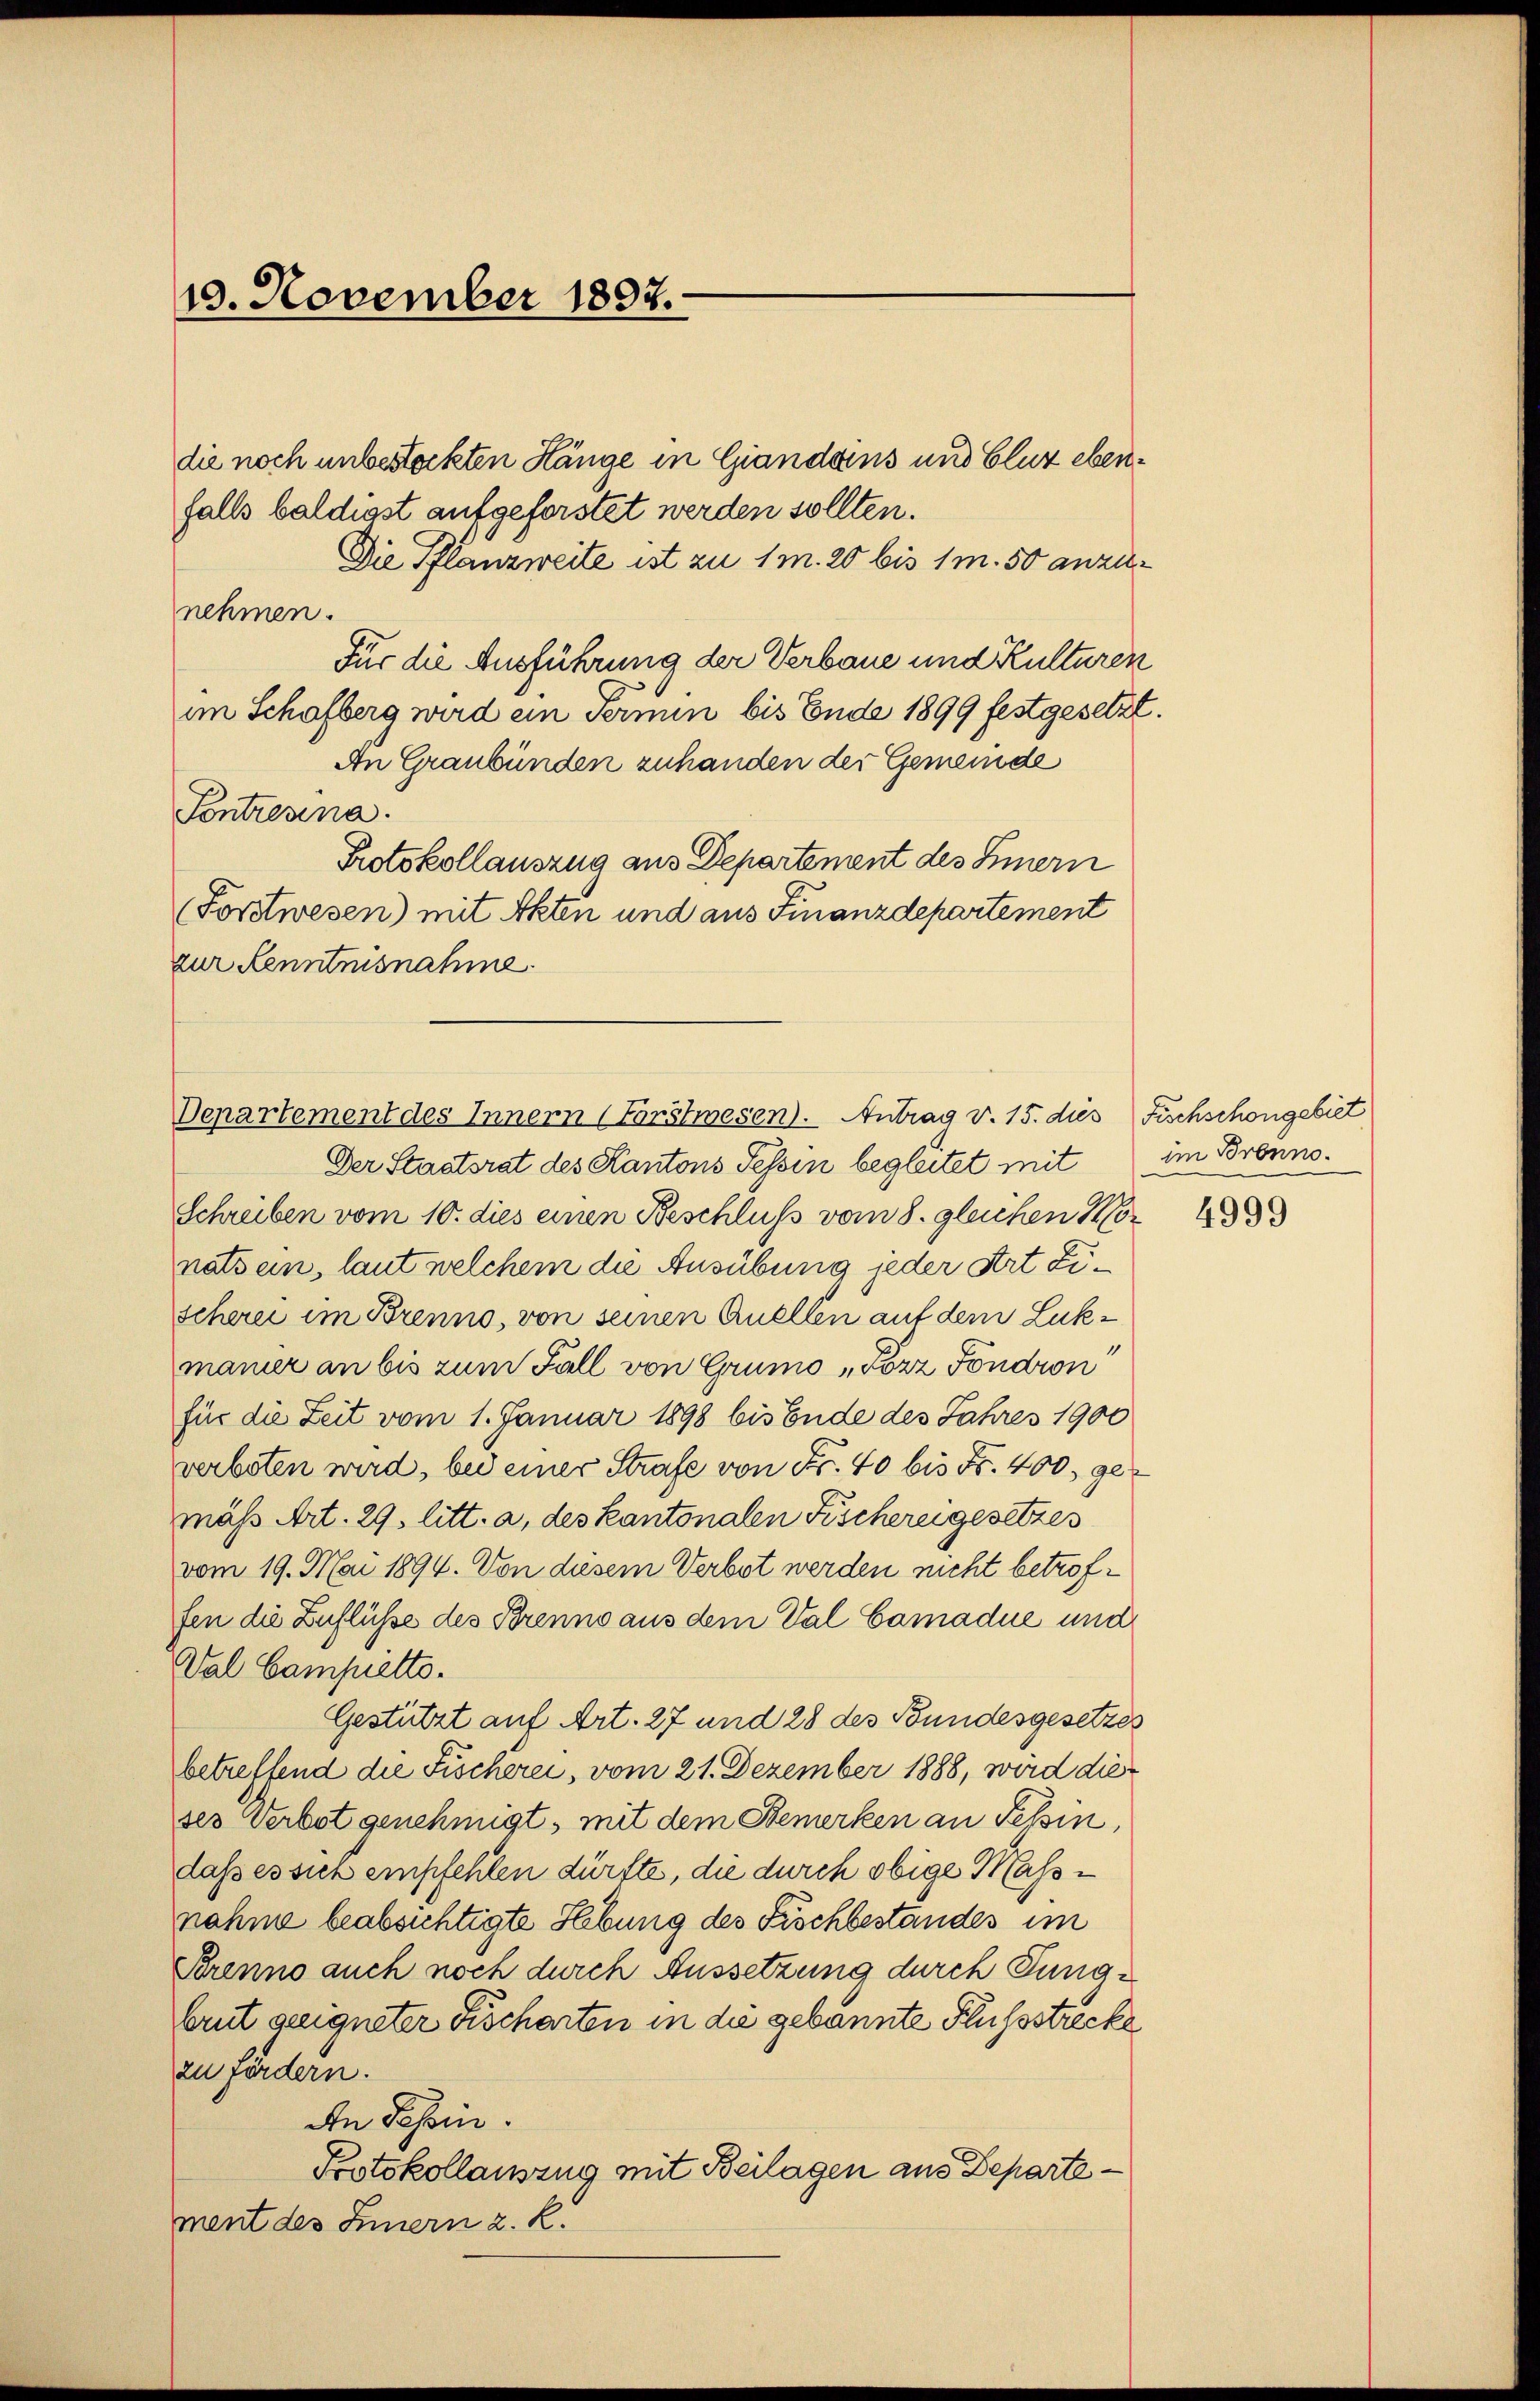
10. November 1897.

die noch unbestockten Hänge in Giandans und Cluz ebenfalls baldigst aufgeforstet werden sollten.
Die Pflanzweite ist zu 1 m. 20 bis 1 m. 50 anzunehmen.
Für die Ausführung der Verbaue und Kulturen
im Schofberg wird ein Termin bis Ende 1899 festgesetzt.
An Graubünden zuhanden der Gemeinde
Pontrenna.
Protokollauszug aus Departement des Einern
Forstwesen) mit Akten und aus Finanzdepartement
zur Kenntnisnahme.
Der Staatsrat des Kantons Tessin begleitet mit
Schreiben vom 10. dies einen Beschluss vom 8. gleichen Mor
natsein, laut welchem die Ausübung jeder Art Zischerei im Brenno, von seinen Quellen auf dem Lukmanier an bis zum Fall von Gruno „Forz Fondron
für die Zeit vom 1. Januar 1898 bis Ende des Jahres 1900
verboten wird, bei einer Strafe von Fr. 40 bis Nr. 400. gemäß Art. 29. litt. a, des Kantonalen Fischerei gesetzes
vom 19. Mai 1894. Von diesem Verbot werden nicht betroffen die Zuflüsse des Brenno aus dem Val Camadue und
Val Campietto.
Gestützt auf Art. 27 und 28 des Bundesgesetzes
betreffend die Fischerei, vom 21. Dezember 1888, wird dieses Verbot genehmigt, mit dem Bemerken an Tessin,
daß es sieh empfehlen dürfte, die durch obige Mass-
nahme beabsichtigte Hebung des Fröchbestandes im
Brenno auch noch durch Aussetzung durch Jungbrut geeigneter Fischarten in die gebannte Flussstrecke
zu fördern.
An Passin.
Protokollauszug mit Beilagen aus Departement des Innern z. R.

Departement des Innern (Forstwesen. Antrag v. 15. dies

Fischschongebiet
im Bronno.

4999